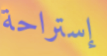
إستراحة